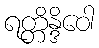
ရတ္တိန္ဒိဝေါ